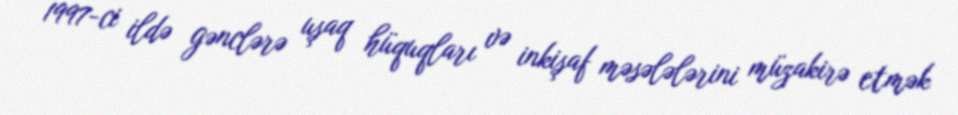
1997-ci ildə gənclərə uşaq hüquqları və inkişaf məsələlərini müzakirə etmək